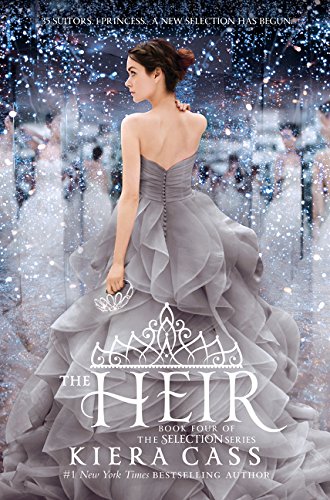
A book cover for The Heir (The Selection); Kiera Cass; Teen & Young Adult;